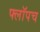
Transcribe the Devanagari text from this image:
फ्लॉपच